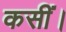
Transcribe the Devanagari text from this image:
कसीं।